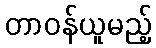
တာဝန်ယူမည့်